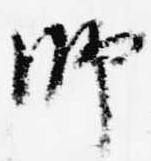
師